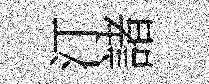
汀諸